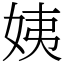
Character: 姨